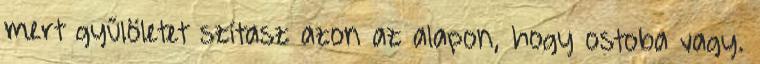
mert gyűlöletet szítasz azon az alapon, hogy ostoba vagy.